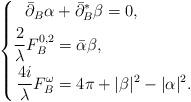
LaTeX: \begin{align*}\left\{\begin{aligned}\bar\partial_{B}\alpha &+\bar\partial_{B}^{*}\beta=0,\\\frac2{\lambda}F_{B}^{0,2} &=\bar{\alpha}\beta,\\\frac{4 i}{\lambda}F_{B}^{\omega} &=4\pi+|\beta|^2-|\alpha|^2.\end{aligned}\right.\end{align*}